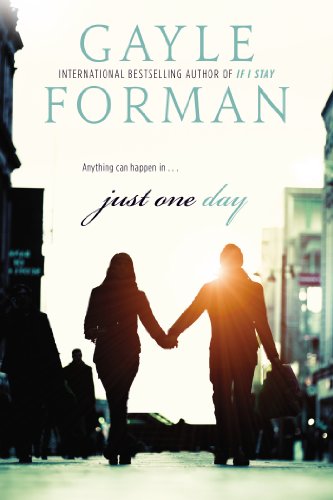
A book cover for Just One Day; Gayle Forman; Teen & Young Adult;